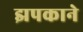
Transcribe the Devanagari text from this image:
झपकाने